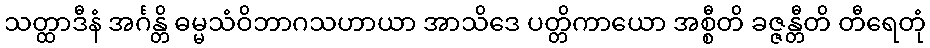
သတ္ထာဒီနံ အင်္ဂန္တိ ဓမ္မသံဝိဘာဂသဟာယာ အာသိဒေ ပတ္တိကာယော အစ္စီတိ ခဇ္ဇန္တီတိ တီရေတုံ